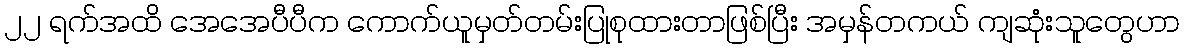
၂၂ ရက်အထိ အေအေပီပီက ကောက်ယူမှတ်တမ်းပြုစုထားတာဖြစ်ပြီး အမှန်တကယ် ကျဆုံးသူတွေဟာ